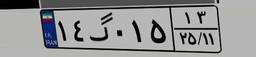
۱۴گ۰۱۵۱۳